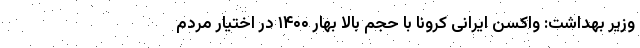
وزیر بهداشت: واکسن ایرانی کرونا با حجم بالا بهار ۱۴۰۰ در اختیار مردم